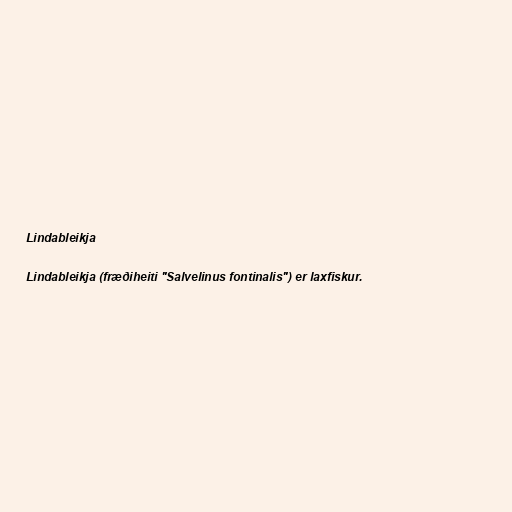
Lindableikja

Lindableikja (fræðiheiti "Salvelinus fontinalis") er laxfiskur.